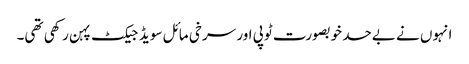
انہوں نے بےحد خوبصورت ٹوپی اور سرخی مائل سویڈ جیکٹ پہن رکھی تھی۔